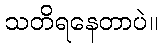
သတိရနေတာပဲ။